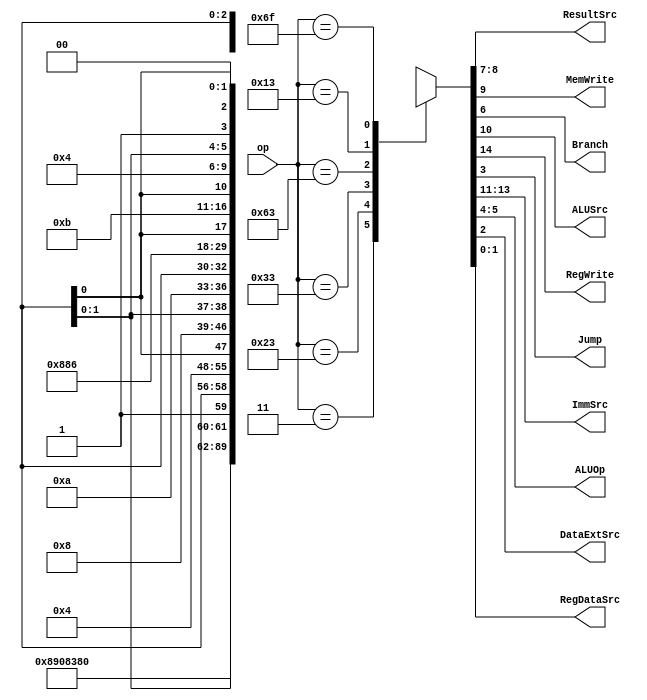
module maindec (
	op,
	ResultSrc,
	MemWrite,
	Branch,
	ALUSrc,
	RegWrite,
	Jump,
	ImmSrc,
	ALUOp,
	//StoreSrc,
	DataExtSrc,
	RegDataSrc
	//DataExt
);
	input wire [6:0] op;
	output wire [1:0] ResultSrc;
	output wire MemWrite;
	output wire Branch;
	output wire ALUSrc;
	output wire RegWrite;
	output wire Jump;
	output wire [2:0] ImmSrc;
	output wire [1:0] ALUOp;
	
	// aditional signals
	//output wire StoreSrc;  // used to select whole 32bit register word (0) or half / byte (1) for store inst. (INT)
	output wire DataExtSrc;    // used to select data extender block source (0 for store inst. 1 for load inst.)
	output wire [1:0] RegDataSrc;    // select Reg file write source (0: load; 1: auipc; 2: lui)
	//output wire [2:0] DataExt;     // select data extender mode (INT)
	
	reg [15:0] controls;
	// 15 bit control word
	assign {RegWrite, ImmSrc, ALUSrc, MemWrite, ResultSrc, Branch, ALUOp, Jump, DataExtSrc, RegDataSrc} = controls;
	always @(*)
		case (op)
			7'b0000011: controls = 15'b1_000_1_0_01_0_00_0_1_00;  // load
			7'b0100011: controls = 15'b0_001_1_1_00_0_00_0_0_xx;  // store
			7'b0110011: controls = 15'b1_xxx_0_0_00_0_10_0_x_00;  // arithmetic
			7'b1100011: controls = 15'b0_010_0_0_xx_1_01_0_x_xx;  // branch
			7'b0010011: controls = 15'b1_000_1_0_00_0_11_0_x_00;  // arithmetic (immediate)
			7'b1101111: controls = 15'b1_011_x_0_10_0_xx_1_x_00;  // jump and load
			default: controls = 15'bxxxxxxxxxxxxxx;
		endcase
endmodule